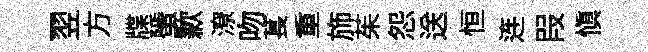
一翌方牒蜑歉潦吻萇重斾茱怨送恒连叚慎